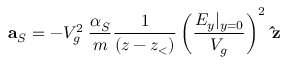
\mathbf { a } _ { S } = - V _ { g } ^ { 2 } \: \frac { \alpha _ { S } } { m } \frac { 1 } { ( z - z _ { < } ) } \left( \frac { E _ { y } | _ { y = 0 } } { V _ { g } } \right) ^ { 2 } \: \mathbf { \hat { z } }